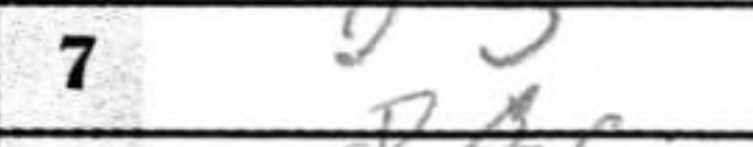
Transcription: d3